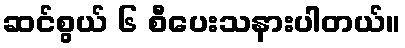
ဆင်စွယ် ၆ စီပေးသနားပါတယ်။